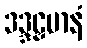
ဒဒ္ဒဠှမာနံ